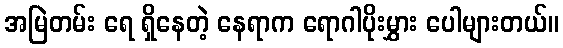
အမြဲတမ်း ရေ ရှိနေတဲ့ နေရာက ရောဂါပိုးမွှား ပေါများတယ်။